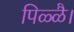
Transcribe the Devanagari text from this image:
पिळ्ळै।